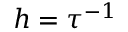
h = \tau ^ { - 1 }